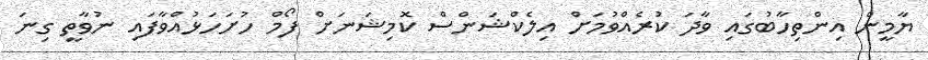
ޔާމީން އިންތިހާބުގައި ވާދަ ކުރެއްވުމަށް އިލެކްޝަންސް ކޮމިޝަނަށް ފޯމް ހުށަހަޅުއްވާފައި ނުވާތީ ގިނަ